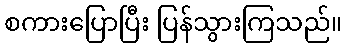
စကားပြောပြီး ပြန်သွားကြသည်။